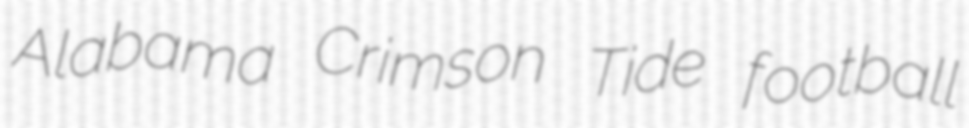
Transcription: Alabama Crimson Tide football